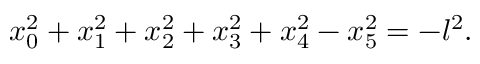
x _ { 0 } ^ { 2 } + x _ { 1 } ^ { 2 } + x _ { 2 } ^ { 2 } + x _ { 3 } ^ { 2 } + x _ { 4 } ^ { 2 } - x _ { 5 } ^ { 2 } = - l ^ { 2 } .